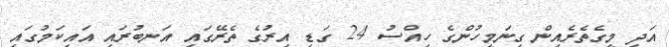
އަދި މީގެތެރެއިން ގިނަމީހުންގެ ހިއްސު 24 ގަޑި އިރުގެ ތެރޭގައި އަނބުރައި އައިކަމުގައި